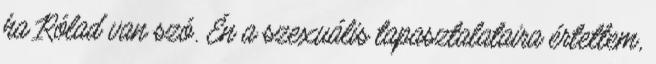
ha Rólad van szó. Én a szexuális tapasztalataira értettem,